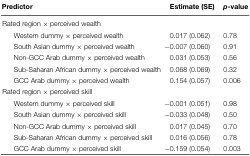
| Predictor | Estimate (SE) | p-value |
 | --- | --- | --- |
 | <COLSPAN=3> Rated region × perceived wealth |
 | Western dummy × perceived wealth | 0.017 (0.062) | 0.78 |
 | South Asian dummy × perceived wealth | -0.007 (0.060) | 0.91 |
 | Non-GCC Arab dummy × perceived wealth | 0.031 (0.053) | 0.56 |
 | Sub-Saharan African dummy × perceived wealth | 0.068 (0.069) | 0.32 |
 | GCC Arab dummy × perceived wealth | 0.154 (0.057) | 0.006 |
 | <COLSPAN=3> Rated region × perceived skill |
 | Western dummy × perceived skill | -0.001 (0.051) | 0.98 |
 | South Asian dummy × perceived skill | -0.033 (0.048) | 0.50 |
 | Non-GCC Arab dummy × perceived skill | 0.017 (0.045) | 0.70 |
 | Sub-Saharan African dummy × perceived skill | 0.016 (0.056) | 0.78 |
 | GCC Arab dummy × perceived skill | -0.159 (0.054) | 0.003 |